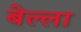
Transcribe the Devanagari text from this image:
बेल्ला